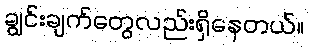
ချွင်းချက်တွေလည်းရှိနေတယ်။